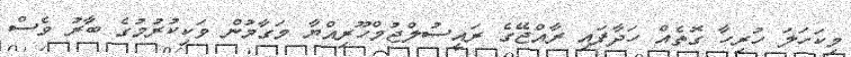
މިކަހަލަ ހުރިހާ ގޮތެއް ހަދާފައި ރާއްޖޭގެ ރައީސުލްޖުމްހޫރިއްޔާ މަގާމުން ވަކިކުރުމުގެ ބާރު ވެސް